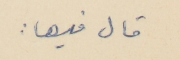
قال فيها :